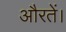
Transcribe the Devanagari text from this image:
औरतें।